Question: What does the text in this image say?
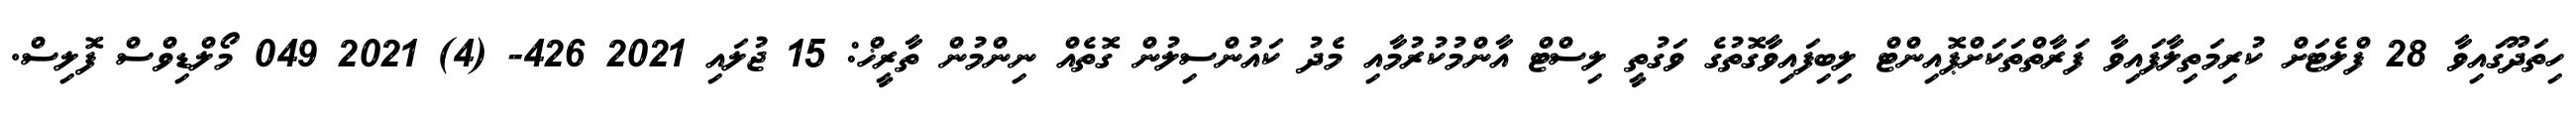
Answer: ހިތަދޫގައިވާ 28 ފްލެޓަށް ކުރިމަތިލާފައިވާ ފަރާތްތަކަށްޕޮއިންޓް ލިބިފައިވާގޮތުގެ ވަގުތީ ލިސްޓް އާންމުކުރުމާއި މެދު ކައުންސިލުން ގޮތެއް ނިންމުން ތާރީޚް: 15 ޖުލައި 2021 426- (4) 2021 049 މޯލްޑިވްސް ފޮލިސް.